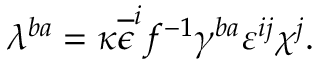
\lambda ^ { b a } = \kappa \overline { { { \epsilon } } } ^ { i } f ^ { - 1 } \gamma ^ { b a } \varepsilon ^ { i j } \chi ^ { j } .